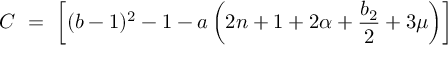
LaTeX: C \ = \ \left[ ( b - 1 ) ^ { 2 } - 1 - a \left( 2 n + 1 + 2 \alpha + \frac { b _ { 2 } } { 2 } + 3 \mu \right) \right]